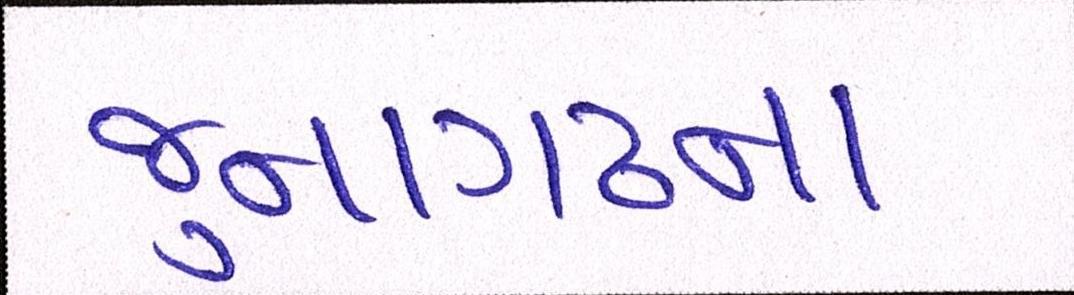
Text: જુનાગઢના